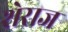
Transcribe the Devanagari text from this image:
शेराज